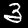
Digit: 3